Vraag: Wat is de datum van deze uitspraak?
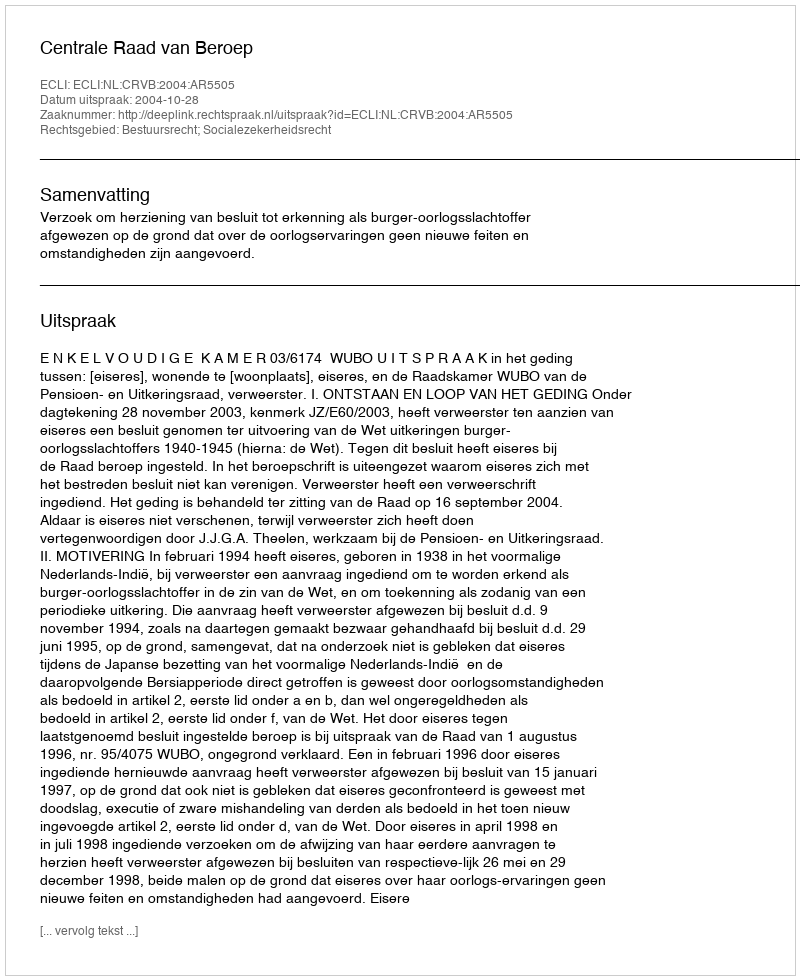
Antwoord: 2004-10-28